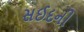
સઈદની